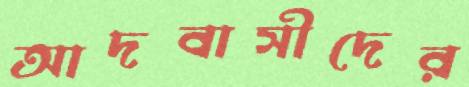
আদবাসীদের